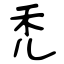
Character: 禿